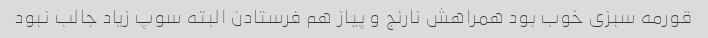
قورمه سبزی خوب بود همراهش نارنج و پیاز هم فرستادن البته سوپ زیاد جالب نبود